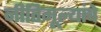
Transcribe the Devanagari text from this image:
नीतिमूल्यांचे